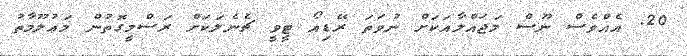
20. އެއްވެސް ނޫސް މަޖައްލާއަކަށް ނުވަތަ ރޭޑިއޯ ޓީވީ ޗެނެލަކަށް ރަސްމީގޮތުން މަޢުލޫމާތު